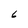
Character: 6